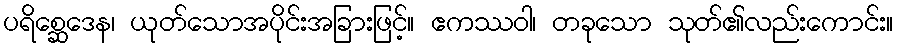
ပရိစ္ဆေဒေန၊ ယုတ်သောအပိုင်းအခြားဖြင့်။ ဧကဿဝါ၊ တခုသော သုတ်၏လည်းကောင်း။